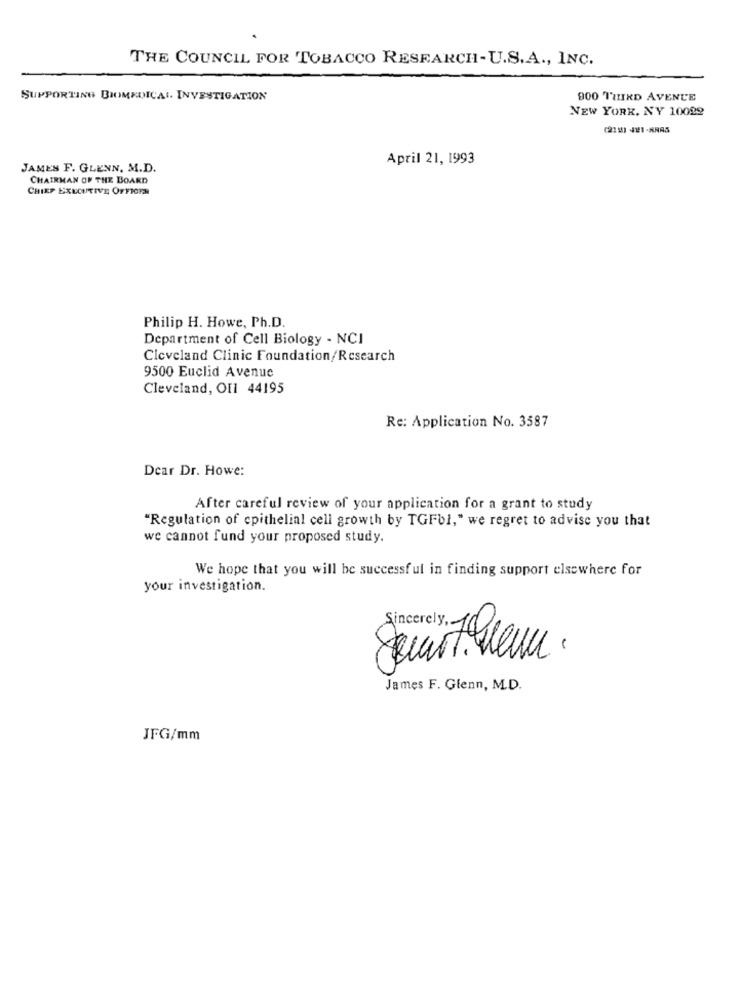
THE COUNCIL FOR TOBACCO RESEARCH-U.S.A ., INC.
SUPPORTING BIOMEDICAL INVESTIGATION
900 THIRD AVENUE
NEW YORK, NY 10092
(211) 421-ARAS
April 21, 1993
JAMES F. GLENN. M.D.
CHAIRMAN OF THE BOARD
CHIEF EXECUTIVE OFFICER
Philip H. Howe, Ph.D.
Department of Cell Biology - NCI
Cleveland Clinic Foundation/Research
9500 Euclid Avenue
Cleveland, OIl 44195
Re: Application No. 3587
Dear Dr. Howe:
After careful review of your application for a grant to study
"Regulation of epithelial cell growth by TGFbl," we regret to advise you that
we cannot fund your proposed study.
We hope that you will be successful in finding support elsewhere for
your investigation.
-
James F. Glenn, M.D.
JFG/mm